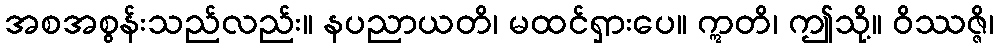
အစအစွန်းသည်လည်း။ နပညာယတိ၊ မထင်ရှားပေ။ ဣတိ၊ ဤသို့။ ဝိဿဇ္ဇိ၊